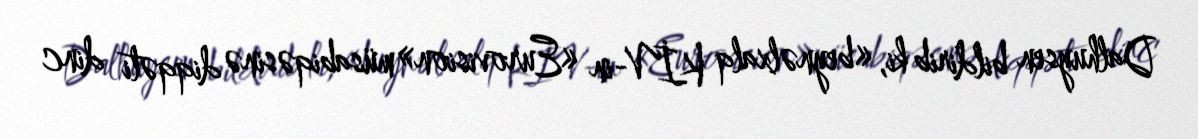
Dalhuysen bildirib ki, «beynəlxalq KİV-in «Eurovision» müsabiqəsinə diqqəti dinc